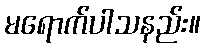
မရောက်ပါသနည်း။